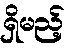
ရှိမည့်